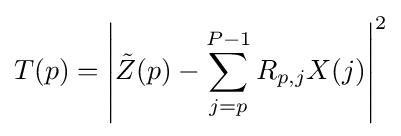
T(p)=\left|{\tilde {Z}}(p)-\sum _{j=p}^{P-1}R_{p,j}X(j)\right|^{2}